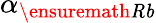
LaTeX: \alpha_{\ensuremath{\mathit{Rb}}}